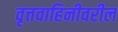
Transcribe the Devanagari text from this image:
वृत्तवाहिनीवरील